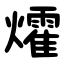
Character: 㸌